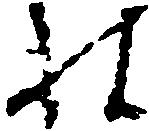
様